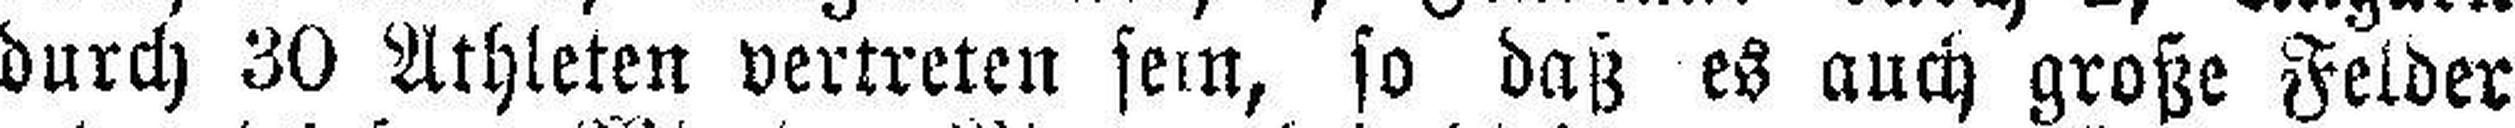
durch 30 Athleten vertreten sein, so daß es auch große Felder